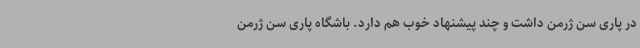
در پاری سن ژرمن داشت و چند پیشنهاد خوب هم دارد. باشگاه پاری سن ژرمن